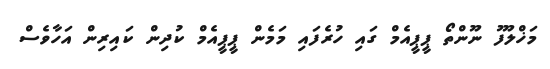
މަޚްލޫފު ނޫންތޯ ޕީޕީއެމް ގައި ހުރެފައި މަމެން ޕީޕީއެމް ކުދިން ކައިރިން އަހާވެސް